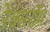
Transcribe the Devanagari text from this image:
रेक्सरॉथ